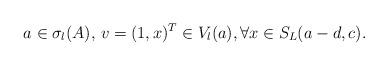
LaTeX: \begin{align*} a\in \sigma_l(A),\,v=(1,x)^T\in V_l(a), \forall x\in S_L(a-d,c).\end{align*}